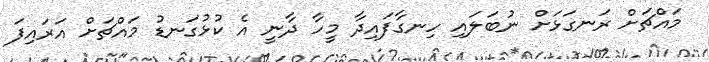
މައްޗަށް ރަނގަޅަށް ނުބަލައި ހިނގާފައިދާ މީހާ ދާނީ އެ ކުޅުގަނޑު މައްޗަށް އަރައިފަ